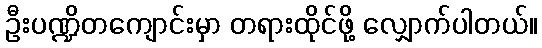
ဦးပဏ္ဍိတကျောင်းမှာ တရားထိုင်ဖို့ လျှောက်ပါတယ်။